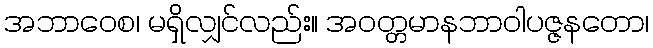
အဘာဝေစ၊ မရှိလျှင်လည်း။ အဝတ္တမာနဘာဝါပဇ္ဇနတော၊